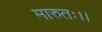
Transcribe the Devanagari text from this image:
मारुतः।।